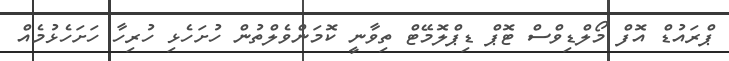
ޕްރައުޑް އޮފް މޯލްޑިވްސް ޓޮޕް ޑިޕްލޮމޭޓް ތިވާނީ ކޮމަންވެލްތުން ހުށަހެޅި ހުރިހާ ހަށަހެޅުމެއް